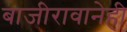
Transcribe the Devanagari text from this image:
बाजीरावानेही